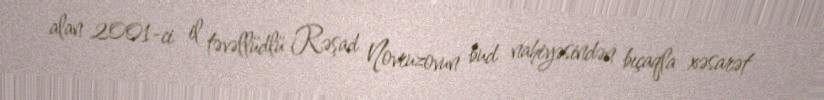
alan 2001-ci il təvəllüdlü Rəşad Novruzovun bud nahiyəsindən bıçaqla xəsarət